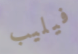
فيليب